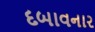
દબાવનાર